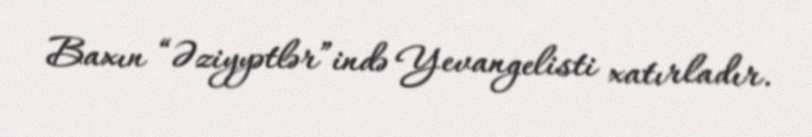
Baxın “Əziyyətlər”ində Yevangelisti xatırladır.